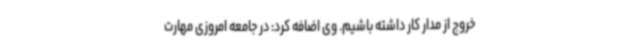
خروج از مدار کار داشته باشیم. وی اضافه کرد: در جامعه امروزی مهارت